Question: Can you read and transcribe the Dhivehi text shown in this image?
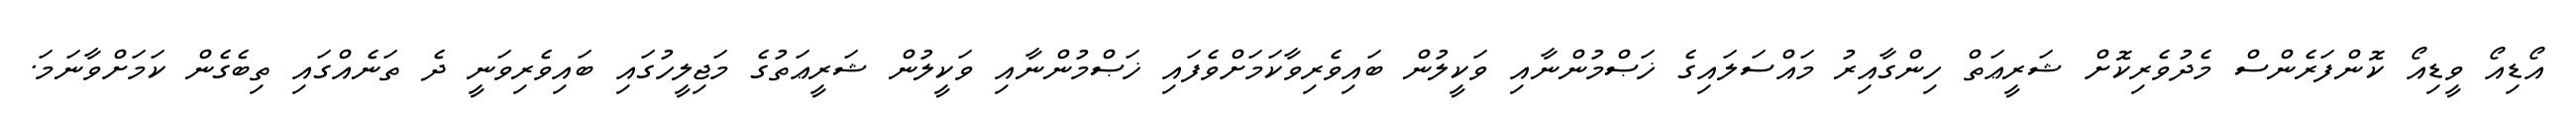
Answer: އޯޑިއޯ ވީޑިއޯ ކޮންފަރެންސް މެދުވެރިކޮށް ޝަރީޢަތް ހިންގާއިރު މައްސަލައިގެ ޚަޞްމުންނާއި ވަކީލުން ބައިވެރިވާކަމަށްވެފައި ޚަޞްމުންނާއި ވަކީލުން ޝަރީޢަތުގެ މަޖިލީހުގައި ބައިވެރިވަނީ ދެ ތަނެއްގައި ތިބެގެން ކަމަށްވާނަމަ.